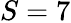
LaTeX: S=7